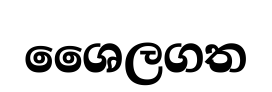
ශෛලගත